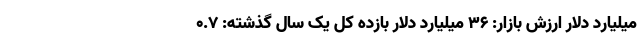
میلیارد دلار ارزش بازار: ۳۶ میلیارد دلار بازده کل یک سال گذشته: ۰.۷